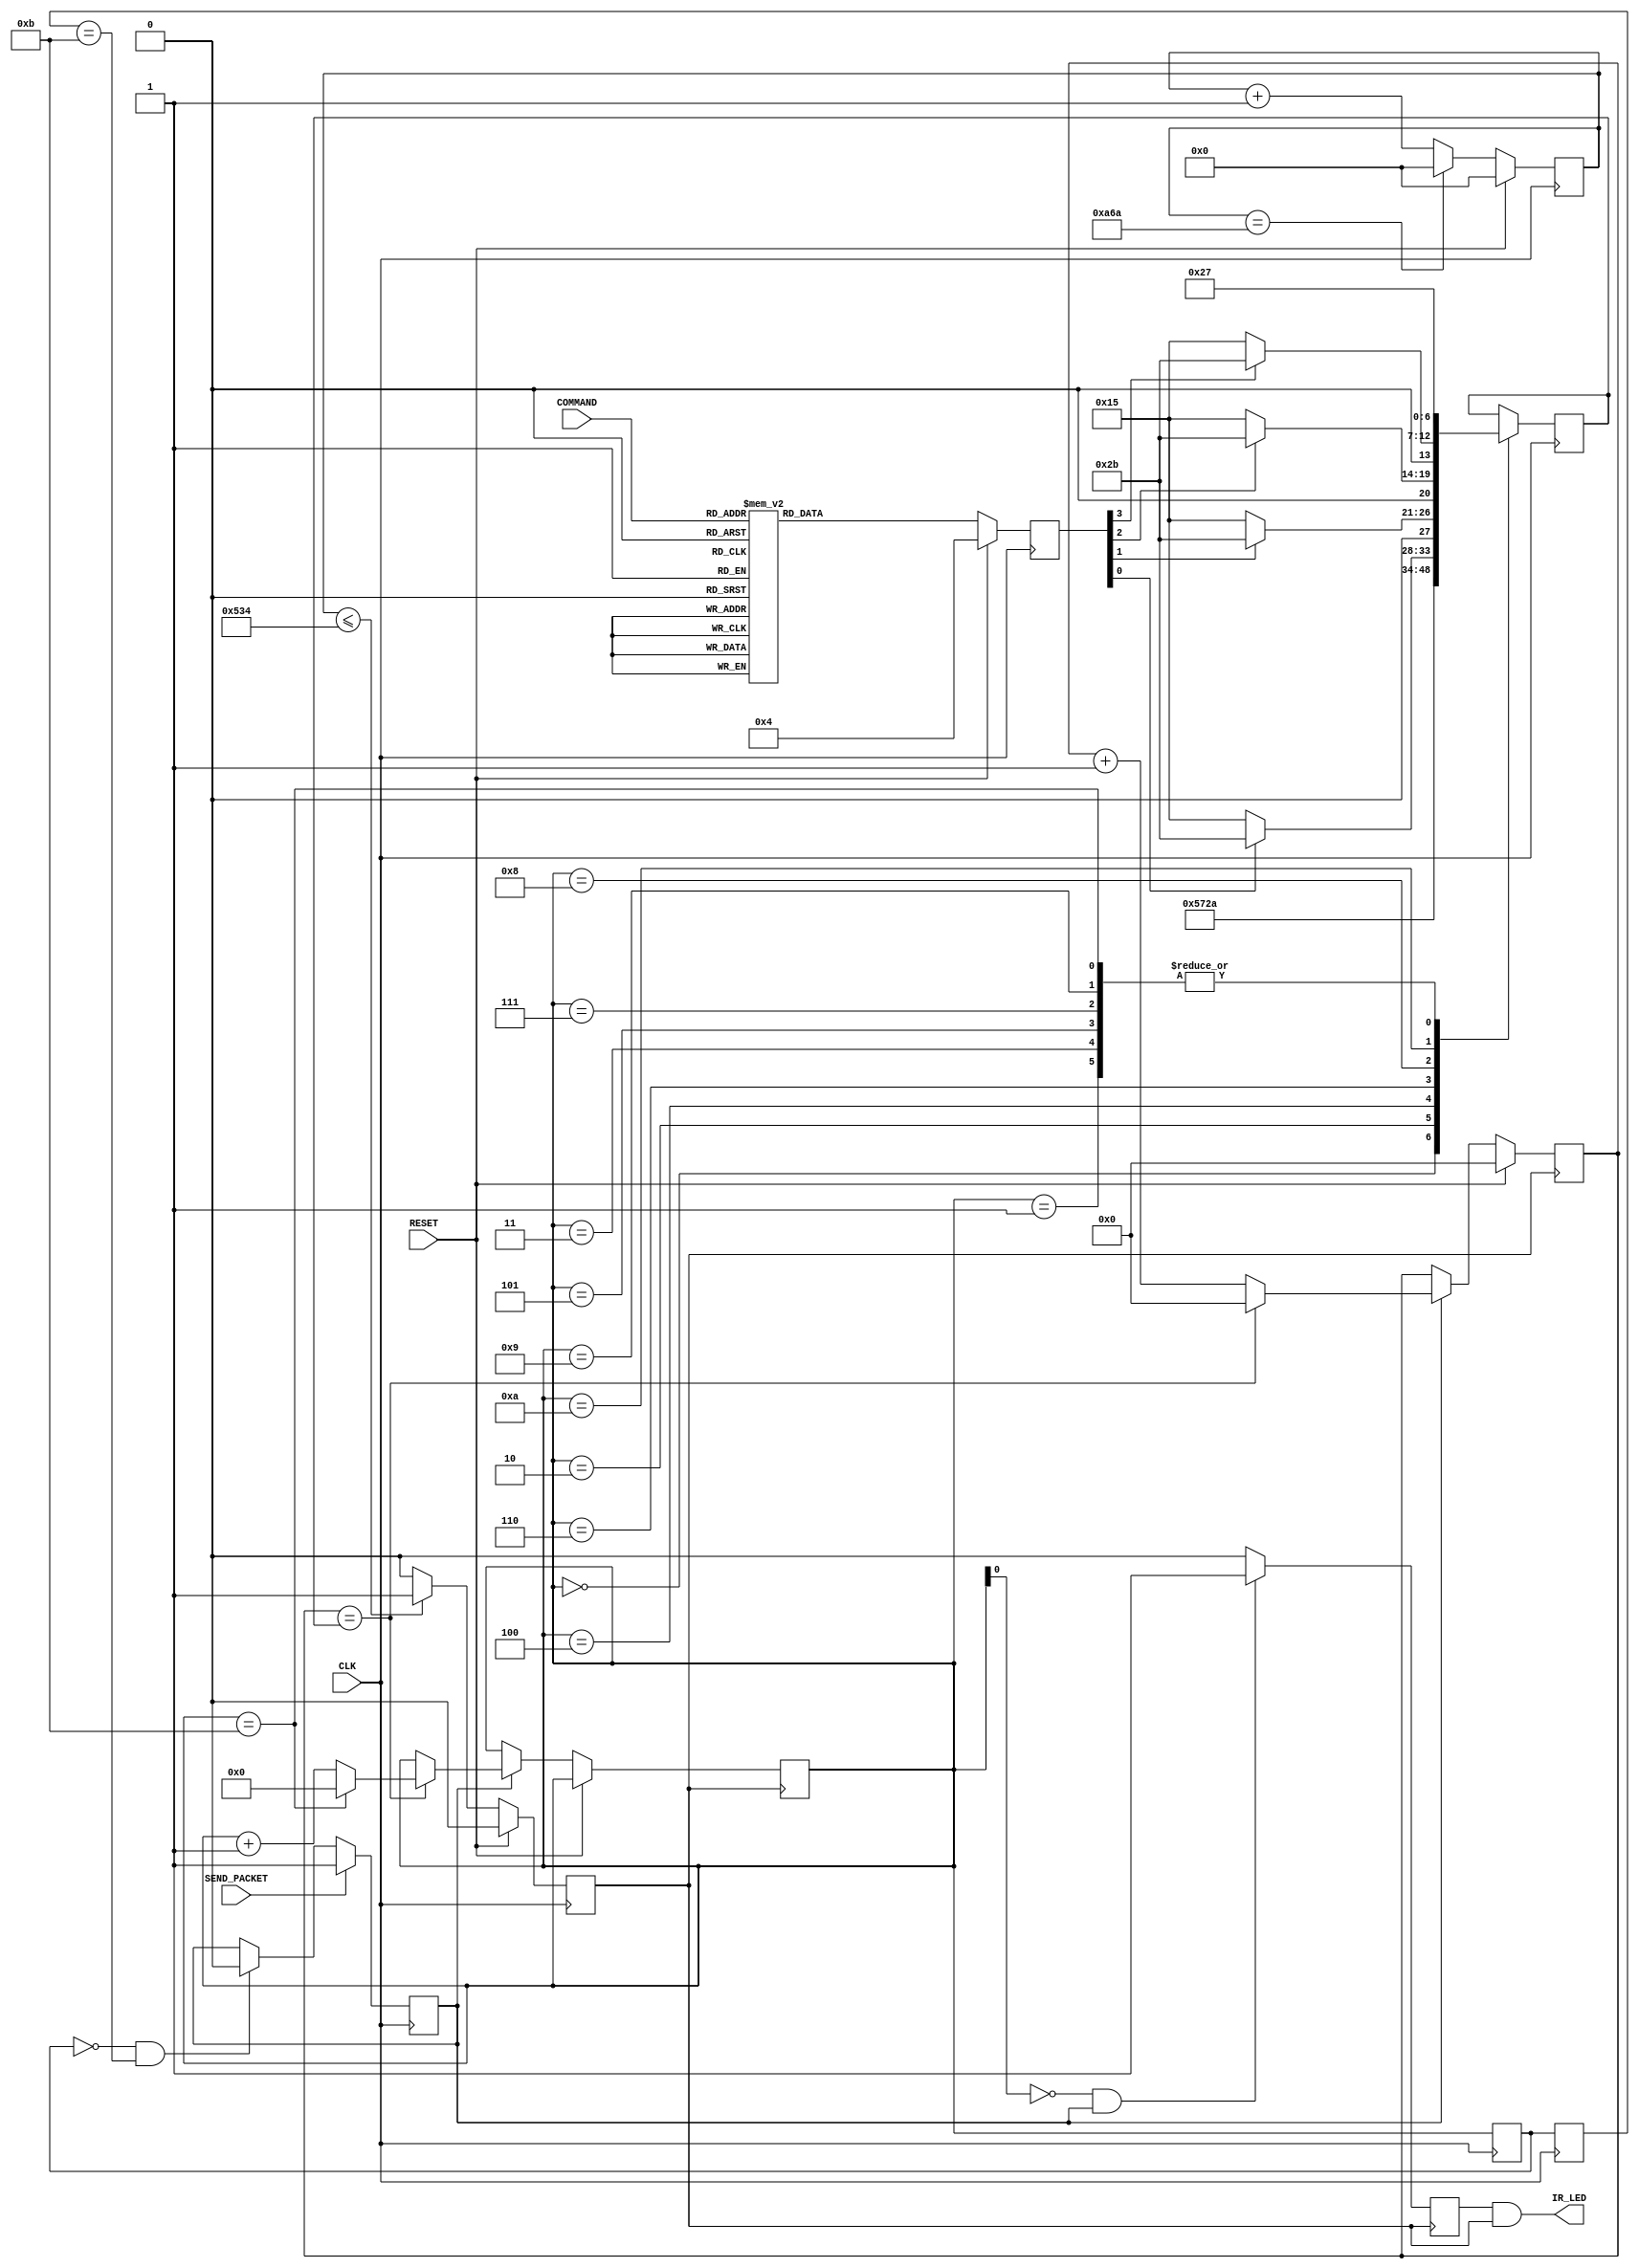
`timescale 1ns / 1ps
//////////////////////////////////////////////////////////////////////////////////
// Company: 
// Engineer: 
// 
// Design Name: 
// Module Name: IRTransmitterSM
// Project Name: 
// Target Devices: 
// Tool Versions: 
// Description: 
// 
// Dependencies: 
// 
// Revision:
// Revision 0.01 - File Created
// Additional Comments:
// 
//////////////////////////////////////////////////////////////////////////////////


module IRTransmitterSM(
    input RESET,
    input CLK,//50MHz
    input [3:0] COMMAND,
    input SEND_PACKET,
    output IR_LED
    );   
    
    parameter StartBurstSize=88;
    parameter CarSelectBurstSize=22;
    parameter GapSize=40;
    parameter AssertBurstSize=44;
    parameter DeAssertBurstSize=22;
    
    //40KHz counter(from CLK 50MHz)
    parameter COUNTER_WIDTH=12; //counter 0-9
    parameter COUNTER_MAX=2667-1; 

    reg [COUNTER_WIDTH-1:0] counter_value=0;
    reg CLK_pulse=0;

    always@(posedge CLK) begin
        if(RESET==1)
            counter_value <=0;
        else begin
            if(counter_value==COUNTER_MAX) 
                counter_value<=0;    
            else 
                counter_value<=counter_value+1;
        end
    end         

    always@(posedge CLK) begin
        if(RESET)
            CLK_pulse <=0;
        else begin
        if(counter_value<=COUNTER_MAX/2-1) 
            CLK_pulse <= 1;    
        else 
            CLK_pulse <= 0;
        end
    end     

    //state machine for packet
    
    reg [3:0] Command_direction=0;
 
    reg [3:0] next_Command_direction=0;
    
    always@(COMMAND) begin
        case(COMMAND)
            4'b0000: begin 
                next_Command_direction<=4'b0000;
            end
            
            4'b0001: begin
                next_Command_direction<=4'b0001;
            end
            
            4'b0010: begin 
                next_Command_direction<=4'b0010;
            end
                       
            4'b0100: begin
                next_Command_direction<=4'b0100;
            end
            
            4'b0101: begin
                next_Command_direction<=4'b0101;
            end
                
            4'b0110: begin
                next_Command_direction<=4'b0110;
            end
            
            4'b1000: begin
                next_Command_direction<=4'b1000;
            end
                
            4'b1001: begin
                next_Command_direction<=4'b1001;
            end
            
            4'b1010: begin
                next_Command_direction<=4'b1010;
            end
            
     default:begin
            next_Command_direction<=4'b0000;
     end
        endcase       
    end                   
    
    always@(posedge CLK)begin
    
        if(RESET) begin
            Command_direction <= 4'd4;
        end
                
        else begin
            Command_direction <= next_Command_direction;
        end    
    end     
    
//generate IR_LED
    reg [3:0]car_state=0;//0 start,2 select,4 right,6 left, 8 backward,10 forward, 1 3 5 7 9 11 gap
    reg [6:0]PulseCounter=0;
    reg [6:0]PulseCounterMax=0;    
    reg pulse_gen=0;
    
    reg [3:0]Curr_car_state=0;
    reg [3:0]Last_car_state=0;
    
    //Generate the process control variable
    always@(posedge CLK)begin
    // Utilize the top-down sequence to generate the Last_car_state
        Last_car_state<=Curr_car_state;
        Curr_car_state<=car_state;
       
        if((Curr_car_state==4'd0)&&(Last_car_state==4'd11))
            pulse_gen<=0;
        if(SEND_PACKET)
            pulse_gen<=1;               
    end
   
    //count pause in different packet region
    always@(posedge CLK) begin
        case (car_state)
         4'd0: PulseCounterMax <= StartBurstSize -1; 
         4'd1: PulseCounterMax <= GapSize -1;
         4'd2: PulseCounterMax <= CarSelectBurstSize -1;
         4'd3: PulseCounterMax <= GapSize -1;
         4'd4: begin
         if (Command_direction[0])
         PulseCounterMax <= AssertBurstSize -1;
         else
         PulseCounterMax<=DeAssertBurstSize-1;
         end
         4'd5: PulseCounterMax <= GapSize -1;
         
         4'd6:begin
          if (Command_direction[1])
          PulseCounterMax <= AssertBurstSize -1;
          else
          PulseCounterMax<=DeAssertBurstSize-1;
          end
          
         4'd7: PulseCounterMax <= GapSize -1;
         
         4'd8:begin
          if (Command_direction[2])
          PulseCounterMax <= AssertBurstSize -1;
          else
          PulseCounterMax<=DeAssertBurstSize-1;
          end
          
         4'd9: PulseCounterMax <= GapSize -1;
           
         4'd10:begin
          if (Command_direction[3])
          PulseCounterMax <= AssertBurstSize -1;
          else
          PulseCounterMax<=DeAssertBurstSize-1; 
          end
          
         4'd11:PulseCounterMax <= GapSize -1;
        endcase            
    end
    
    
    always@(posedge CLK_pulse) begin
        if(RESET)
            PulseCounter<=0;
        else begin
            if(pulse_gen)begin//update pulse counter           
                if(PulseCounter==PulseCounterMax) begin//upload region state(start,gap,selection....)                
                    PulseCounter<=0;                
                    if(car_state==4'd11)
                        car_state<=0;
                    else
                        car_state<=car_state+1;
                end                
                else
                    PulseCounter<=PulseCounter+1;
            end           
        end           
    end
    
    reg out=0;
    
    always@(posedge CLK_pulse) begin
        if((~car_state[0])&pulse_gen)
            out<=1;
        else
            out<=0;
    end
                
    assign IR_LED=out&CLK_pulse;

endmodule